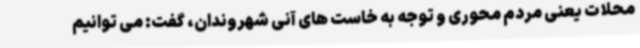
محلات یعنی مردم محوری و توجه به خاست های آنی شهروندان، گفت: می توانیم